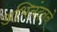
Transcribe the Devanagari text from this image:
अभिनंदनने